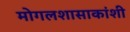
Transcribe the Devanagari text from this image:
मोगलशासाकांशी